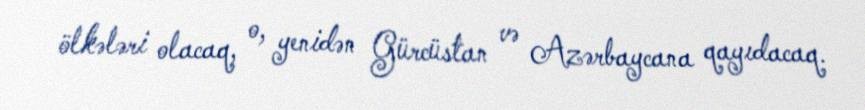
ölkələri olacaq, o, yenidən Gürcüstan və Azərbaycana qayıdacaq.